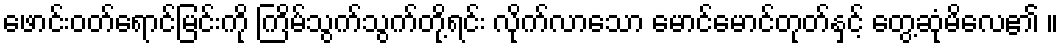
ဖောင်းဝတ်ရောင်မြင်းကို ကြိမ်သွက်သွက်တို့ရင်း လိုက်လာသော မောင်မောင်တုတ်နှင့် တွေ့ဆုံမိလေ၏ ။